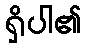
ရှိပါ၏